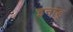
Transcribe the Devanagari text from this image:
इनाडु